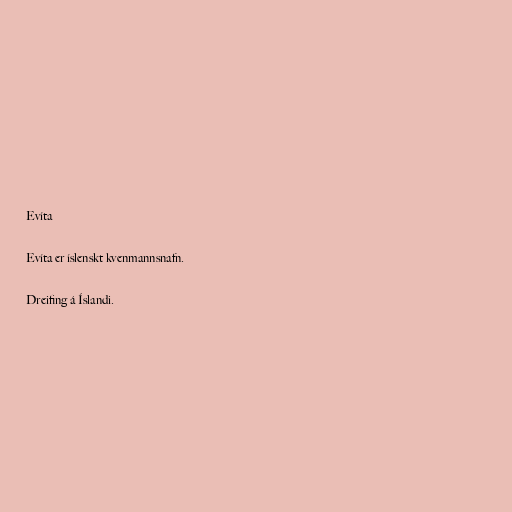
Evíta

Evíta er íslenskt kvenmannsnafn.

Dreifing á Íslandi.